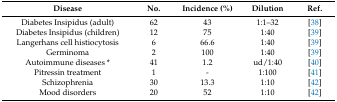
<table><thead><tr><td><b>Disease</b></td><td><b>No.</b></td><td><b>Incidence (%)</b></td><td><b>Dilution</b></td><td><b>Ref.</b></td></tr></thead><tbody><tr><td>Diabetes Insipidus (adult)</td><td>62</td><td>43</td><td>1:1–32</td><td>[38]</td></tr><tr><td>Diabetes Insipidus (children)</td><td>12</td><td>75</td><td>1:40</td><td>[39]</td></tr><tr><td>Langerhans cell histiocytosis</td><td>6</td><td>66.6</td><td>1:40</td><td>[39]</td></tr><tr><td>Germinoma</td><td>2</td><td>100</td><td>1:40</td><td>[39]</td></tr><tr><td>Autoimmune diseases *</td><td>41</td><td>1.2</td><td>ud/1:40</td><td>[40]</td></tr><tr><td>Pitressin treatment</td><td>1</td><td>-</td><td>1:100</td><td>[41]</td></tr><tr><td>Schizophrenia</td><td>30</td><td>13.3</td><td>1:10</td><td>[42]</td></tr><tr><td>Mood disorders</td><td>20</td><td>52</td><td>1:10</td><td>[42]</td></tr></tbody></table>